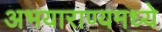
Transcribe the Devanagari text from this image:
अभयाराण्यमध्ये